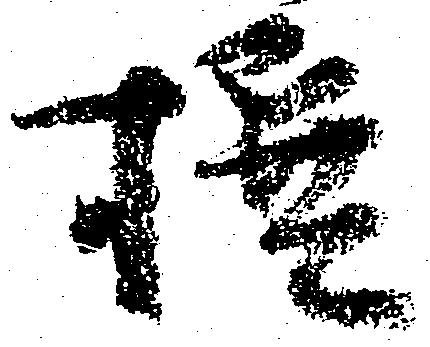
撰